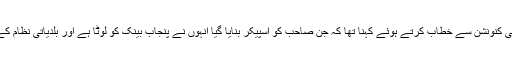
پاکستان مسلم لیگ ن کے رہنما حمزہ شہباز کا بلدیاتی کنونشن سے خطاب کرتے ہوئے کہنا تھا کہ جن صاحب کو اسپیکر بنایا گیا انہوں نے پنجاب بینک کو لوٹا ہے اور بلدیاتی نظام کے داعی بننے والے کی شہرت قبضہ گروپ کی ہے۔